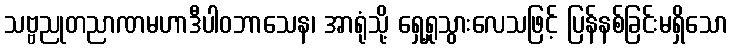
သဗ္ဗညုတညာဏမဟာဒီပါဝဘာသေန၊ အာရုံသို့ ရှေ့ရှုသွားလေသဖြင့် ပြန်နစ်ခြင်းမရှိသော